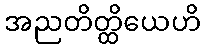
အညတိတ္ထိယေဟိ